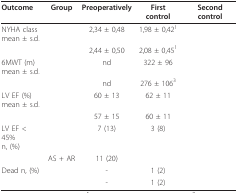
<table><thead><tr><td><b>Outcome</b></td><td><b>Group</b></td><td><b>Preoperatively</b></td><td><b>First control</b></td><td><b>Second control</b></td></tr></thead><tbody><tr><td>NYHA class mean ± s.d.</td><td>[EMPTY_CELL]</td><td>2,34 ± 0,48</td><td>1,98 ± 0,42<sup>1</sup></td><td>[EMPTY_CELL]</td></tr><tr><td>[EMPTY_CELL]</td><td>[EMPTY_CELL]</td><td>2,44 ± 0,50</td><td>2,08 ± 0,45<sup>1</sup></td><td>[EMPTY_CELL]</td></tr><tr><td>6MWT (m) mean ± s.d.</td><td>[EMPTY_CELL]</td><td>nd</td><td>322 ± 96</td><td>[EMPTY_CELL]</td></tr><tr><td>[EMPTY_CELL]</td><td>[EMPTY_CELL]</td><td>nd</td><td>276 ± 106<sup>3</sup></td><td>[EMPTY_CELL]</td></tr><tr><td>LV EF (%) mean ± s.d.</td><td>[EMPTY_CELL]</td><td>60 ± 13</td><td>62 ± 11</td><td>[EMPTY_CELL]</td></tr><tr><td>[EMPTY_CELL]</td><td>[EMPTY_CELL]</td><td>57 ± 15</td><td>60 ± 11</td><td>[EMPTY_CELL]</td></tr><tr><td>LV EF &lt; 45% n, (%)</td><td>[EMPTY_CELL]</td><td>7 (13)</td><td>3 (8)</td><td>[EMPTY_CELL]</td></tr><tr><td>[EMPTY_CELL]</td><td>AS + AR</td><td>11 (20)</td><td>[EMPTY_CELL]</td><td>[EMPTY_CELL]</td></tr><tr><td>Dead n, (%)</td><td>[EMPTY_CELL]</td><td>-</td><td>1 (2)</td><td>[EMPTY_CELL]</td></tr><tr><td>[EMPTY_CELL]</td><td>[EMPTY_CELL]</td><td>-</td><td>1 (2)</td><td>[EMPTY_CELL]</td></tr></tbody></table>